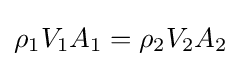
\rho _{1}V_{1}A_{1}=\rho _{2}V_{2}A_{2}